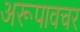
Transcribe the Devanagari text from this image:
अरूपावचर